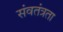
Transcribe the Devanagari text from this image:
संवतंत्रता